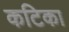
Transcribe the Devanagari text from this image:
कटिका